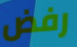
رفض